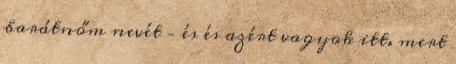
barátnőm nevét – és és azért vagyok itt. mert